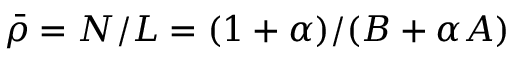
\bar { \rho } = N / L = ( 1 + \alpha ) / ( B + \alpha A )